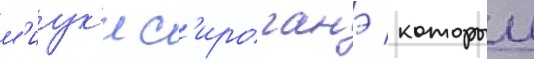
м'иук'и с'ироганэ / которыи